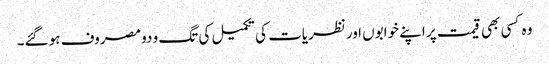
وہ کسی بھی قیمت پر اپنے خوابوں اورنظریات کی تکمیل کی تگ و دو مصروف ہو گئے۔